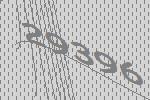
29396